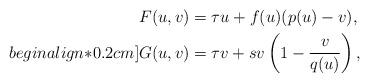
LaTeX: \begin{align*} &F(u,v)=\tau u+f(u)(p(u)-v),\\begin{align*}0.2cm] &G(u,v)=\tau v+sv\left(1-\frac{v}{q(u)}\right),\end{align*}